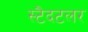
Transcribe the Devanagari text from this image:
स्टैदटलर